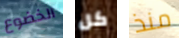
الخضوع كل منذ